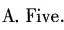
A.Five.